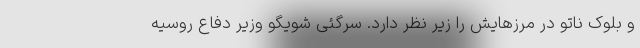
و بلوک ناتو در مرزهایش را زیر نظر دارد. سرگئی شویگو وزیر دفاع روسیه